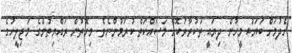
ހެދުމަށް ބަޔަކު މީހުން ދިޔައީ ތަކުރާރުކޮށް މަސައްކަތް ކުރަމުންނެވެ. މިގޮތުން ރައްޔިތުންގެ މަޖިލީހުގެ